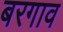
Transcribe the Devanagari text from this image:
बरगाव